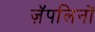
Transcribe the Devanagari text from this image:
ज़ॅपलिनों